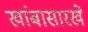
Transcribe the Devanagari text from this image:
खांबासारखे